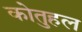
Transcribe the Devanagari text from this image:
कोतुहल